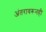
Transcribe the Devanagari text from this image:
अंतरावरूनही